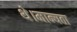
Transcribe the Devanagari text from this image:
थे।मान्यता